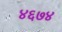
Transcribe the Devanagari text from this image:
४६७४